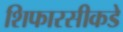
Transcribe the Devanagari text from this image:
शिफारसीकडे